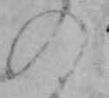
の